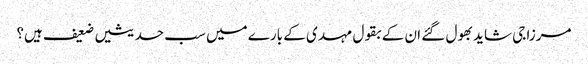
مرزا جی شاید بھول گئے ان کے بقول مہدی کے بارے میں سب حدیثیں ضعیف ہیں؟